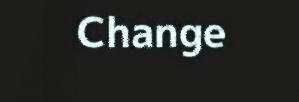
Change